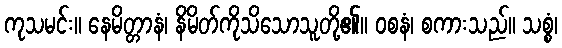
ကုသမင်း။ နေမိတ္တာနံ၊ နိမိတ်ကိုသိသောသူတို့၏။ ဝစနံ၊ စကားသည်။ သစ္စံ၊